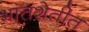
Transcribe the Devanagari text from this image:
भातशेतीत